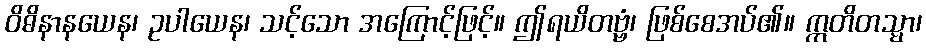
ဝိဓိနာနယေန၊ ဥပါယေန၊ သင့်သော အကြောင့်ဖြင့်။ ဤရယိတဗ္ဗံ၊ ဖြစ်စေအပ်၏။ ဣတိတသ္မာ၊